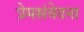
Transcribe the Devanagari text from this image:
प्रेमसंवेदना